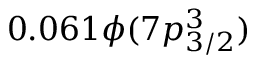
0 . 0 6 1 \phi ( 7 p _ { 3 / 2 } ^ { 3 } )